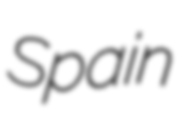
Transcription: Spain